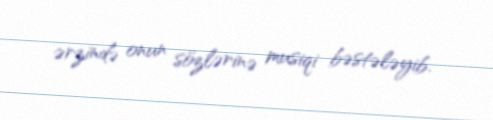
ərzində onun sözlərinə musiqi bəstələyib.